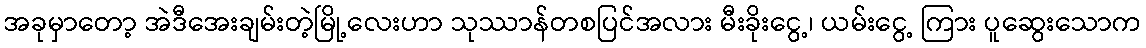
အခုမှာတော့ အဲဒီအေးချမ်းတဲ့မြို့လေးဟာ သုဿာန်တစပြင်အလား မီးခိုးငွေ့၊ ယမ်းငွေ့ ကြား ပူဆွေးသောက